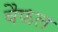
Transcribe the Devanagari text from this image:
वैफल